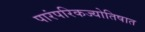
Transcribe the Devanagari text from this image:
पारंपरिकज्योतिषात